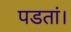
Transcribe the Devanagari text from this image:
पडतां।